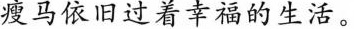
瘦马依旧过着幸福的生活。